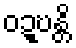
ဝဍ္ဎန္တိ